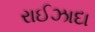
રાઈઝાદા